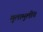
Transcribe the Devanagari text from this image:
मुलामुलींत